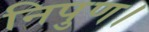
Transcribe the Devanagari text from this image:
निपुण।